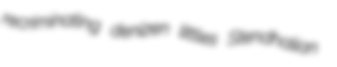
recriminating denizen littles Stendhalian